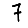
Digit: 7